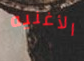
الأغنيه